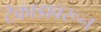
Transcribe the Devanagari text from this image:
टेकाडावरून